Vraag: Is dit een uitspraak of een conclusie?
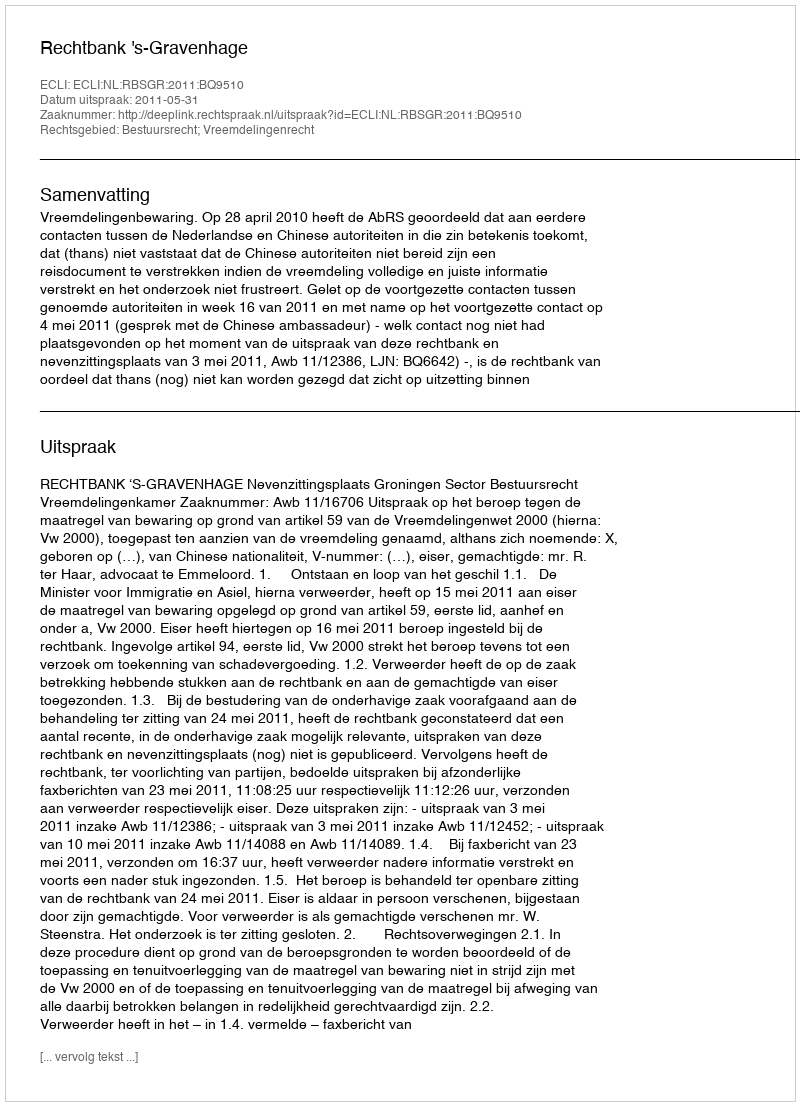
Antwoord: Uitspraak